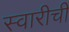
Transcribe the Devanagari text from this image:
स्वारीची